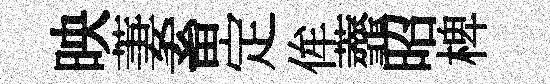
映萋畜定侔虀昭椑